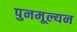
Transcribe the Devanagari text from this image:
पुनमूल्यन